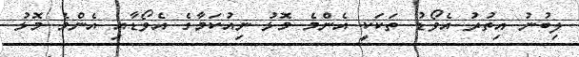
ލިބުނު އިތުރު އެވޯޑު ތަކަކީ އެންމެ މޮޅު ނިއުކަމާގެ އެވޯޑާއި އެންމެ މޮޅު